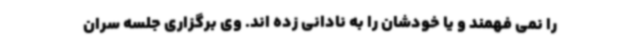
را نمی فهمند و یا خودشان را به نادانی زده اند. وی برگزاری جلسه سران